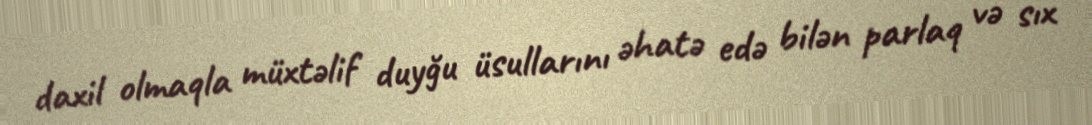
daxil olmaqla müxtəlif duyğu üsullarını əhatə edə bilən parlaq və sıx